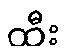
ထီး